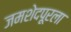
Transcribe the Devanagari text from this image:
जमशेदपूरला